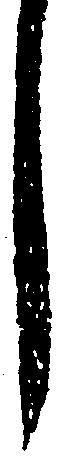
し